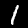
Digit: 1